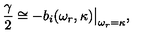
{ \frac { \gamma } { 2 } } \cong - b _ { i } ( \omega _ { r } , \kappa ) { \big \vert } _ { \omega _ { r } = \kappa } ,